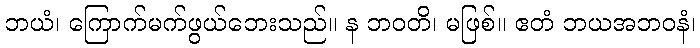
ဘယံ၊ ကြောက်မက်ဖွယ်ဘေးသည်။ န ဘဝတိ၊ မဖြစ်။ ဧတံ ဘယအဘဝနံ၊